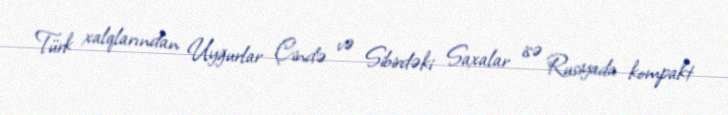
Türk xalqlarından Uyğurlar Çində və Sibirdəki Saxalar isə Rusiyada kompakt